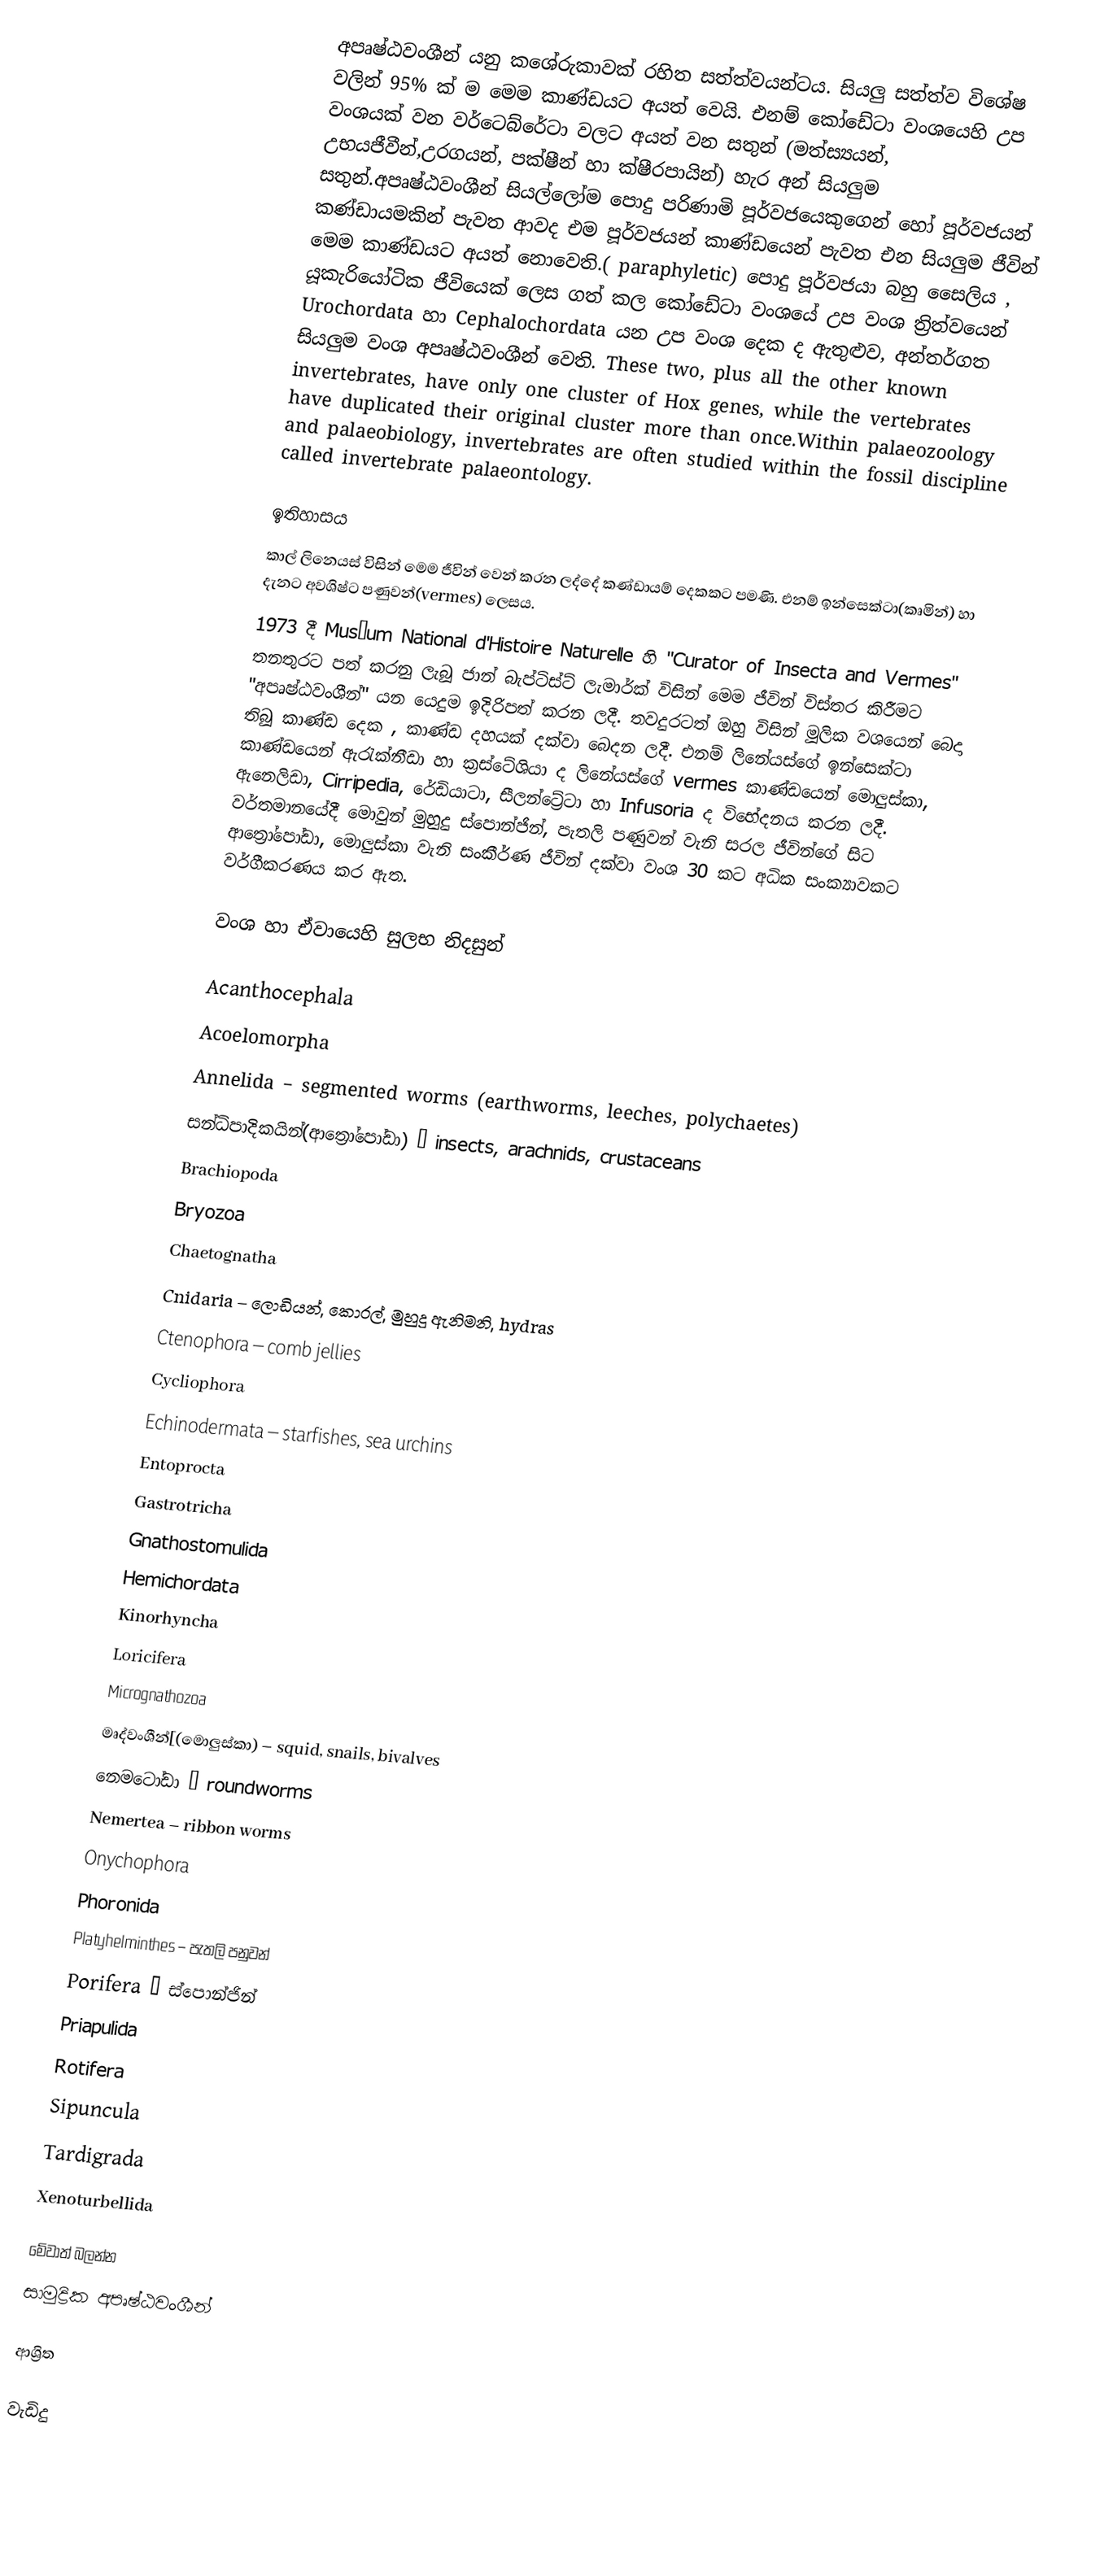
අපෘෂ්ඨවංශීන් යනු කශේරුකාවක් රහිත සත්ත්වයන්ටය. සියලු සත්ත්ව විශේෂ වලින් 95% ක් ම මෙම කාණ්ඩයට අයත් වෙයි. එනම් කෝඩේටා වංශයෙහි උප වංශයක් වන වර්ටෙබ්රේටා වලට අයත් වන සතුන් (මත්ස්‍යයන්, උභයජීවීන්,උරගයන්, පක්ෂීන් හා ක්ෂීරපායින්) හැර අන් සියලුම සතුන්.අපෘෂ්ඨවංශීන් සියල්ලෝම පොදු පරිණාමි පූර්වජයෙකුගෙන් හෝ පූර්වජයන් කණ්ඩායමකින් පැවත ආවද එම පූර්වජයන් කාණ්ඩයෙන් පැවත එන සියලුම ජීවින් මෙම කාණ්ඩයට අයත් නොවෙති.( paraphyletic) පොදු පූර්වජයා බහු සෛලිය , යූකැරියෝටික ජීවියෙක් ලෙස ගත් කල කෝඩේටා වංශයේ උප වංශ ත්‍රිත්වයෙන් Urochordata හා Cephalochordata යන උප වංශ දෙක ද ඇතුළුව, අන්තර්ගත සියලුම වංශ අපෘෂ්ඨවංශීන් වෙති. These two, plus all the other known invertebrates, have only one cluster of Hox genes, while the vertebrates have duplicated their original cluster more than once.Within palaeozoology and palaeobiology, invertebrates are often studied within the fossil discipline called invertebrate palaeontology.

ඉතිහාසය
කාල් ලිනෙයස් විසින් මෙම ජීවින් වෙන් කරන ලද්දේ කණ්ඩායම් දෙකකට පමණි. එනම් ඉන්සෙක්ටා(කෘමින්) හා දැනට අවශිෂ්ට පණුවන්(vermes) ලෙසය.
1973 දී Muséum National d'Histoire Naturelle හි "Curator of Insecta and Vermes" තනතුරට පත් කරනු ලැබූ ජාන් බැප්ටිස්ට් ලැමාර්ක් විසින් මෙම ජීවින් විස්තර කිරීමට "අපෘෂ්ඨවංශීන්" යන යෙදුම ඉදිරිපත් කරන ලදී. තවදුරටත් ඔහු විසින් මූලික වශයෙන් බෙදා තිබූ කාණ්ඩ දෙක , කාණ්ඩ දහයක් දක්වා බෙදන ලදී. එනම් ලිනේයස්ගේ ඉන්සෙක්ටා කාණ්ඩයෙන් ඇරැක්නීඩා හා ක්‍රස්ටේශියා ද ලිනේයස්ගේ vermes කාණ්ඩයෙන් මොලුස්කා, ඇනෙලිඩා, Cirripedia, රේඩියාටා, සීලන්ට්‍රේටා හා Infusoria ද විභේදනය කරන ලදී. වර්තමානයේදී මොවුන් මුහුදු ස්පොන්ජින්, පැතලි පණුවන් වැනි සරල ජීවින්ගේ සිට ආත්‍රෝපෝඩා, මොලුස්කා වැනි සංකීර්ණ ජීවින් දක්වා වංශ 30 කට අධික සංක්‍යාවකට වර්ගීකරණය කර ඇත.

වංශ හා ඒවායෙහි සුලභ නිදසුන්

 Acanthocephala
 Acoelomorpha
 Annelida – segmented worms (earthworms, leeches, polychaetes)
 සන්ධිපාදිකයින්(ආත්‍රෝපෝඩා) – insects, arachnids, crustaceans
 Brachiopoda
 Bryozoa
 Chaetognatha
 Cnidaria – ලොඩියන්, කොරල්, මුහුදු ඇනිමනි, hydras
 Ctenophora – comb jellies
 Cycliophora
 Echinodermata – starfishes, sea urchins
 Entoprocta
 Gastrotricha
 Gnathostomulida
 Hemichordata
 Kinorhyncha
 Loricifera
 Micrognathozoa
 මෘද්වංශීන්[(මොලුස්කා) – squid, snails, bivalves
 නෙමටෝඩා – roundworms
 Nemertea – ribbon worms
 Onychophora
 Phoronida
 Platyhelminthes – පැතලි පනුවන්
 Porifera – ස්පොන්ජින්
 Priapulida
 Rotifera
 Sipuncula
 Tardigrada
 Xenoturbellida

මේවාත් බලන්න
 සාමුද්‍රික අපෘෂ්ඨවංශීන්

ආශ්‍රිත

වැඩිදු